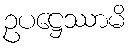
ဥပဋ္ဌေဿာမိ